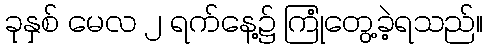
ခုနှစ် မေလ ၂ ရက်နေ့၌ ကြုံတွေ့ခဲ့ရသည်။